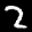
Label: 2